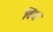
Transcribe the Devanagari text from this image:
विंय